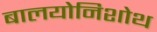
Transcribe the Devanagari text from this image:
बालयोनिशोथ